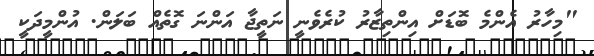
"މިހާރު އެންމެ ބޮޑަށް އިންތިޒާރު ކުރެވެނީ ނަތީޖާ އަންނަ ގޮތެއް ބަލަން. އުންމީދަކީ